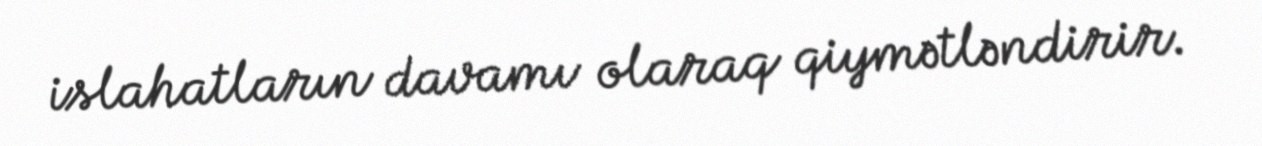
islahatların davamı olaraq qiymətləndirir.